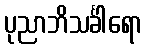
ပုညာဘိသင်္ခါရော